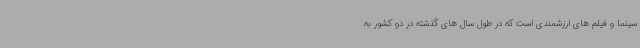
سینما و فیلم های ارزشمندی است که در طول سال های گذشته در دو کشور به